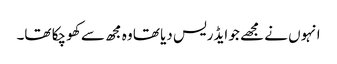
انہوں نے مجھے جو ایڈریس دیا تھا وہ مجھ سے کھو چکا تھا۔